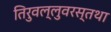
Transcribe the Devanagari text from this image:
तिरुवल्लुवरस्तथा